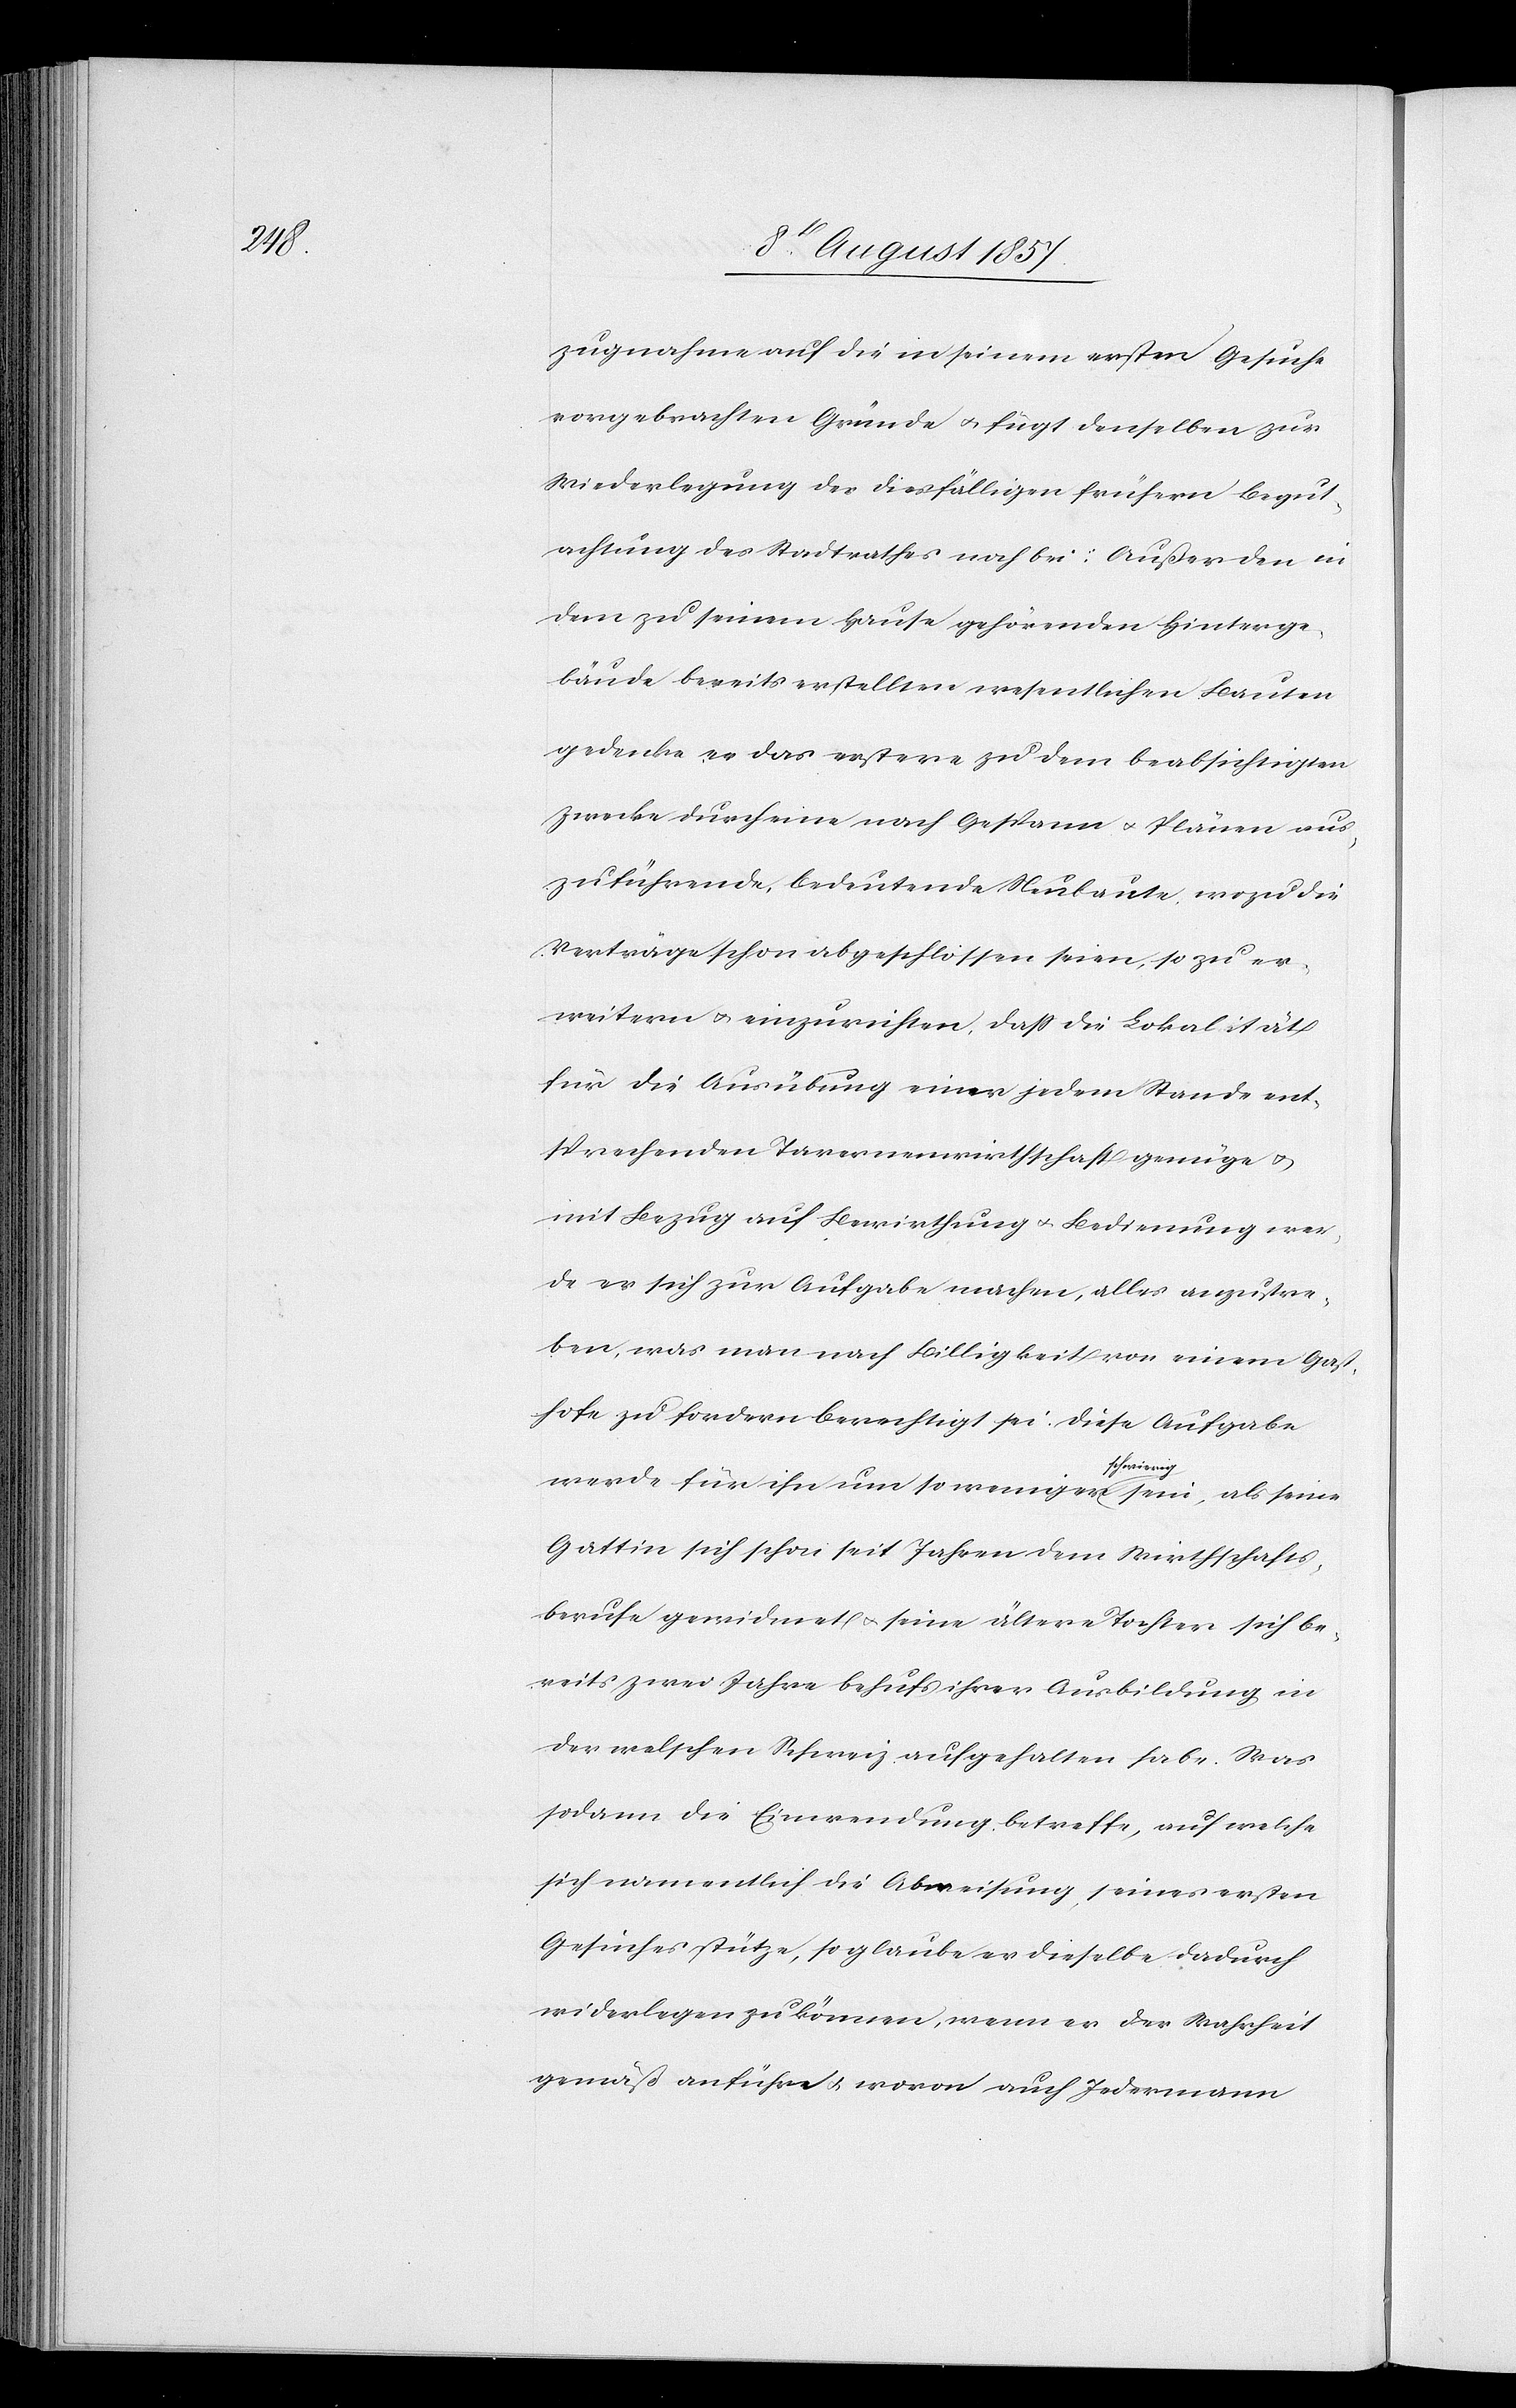
zugnahme auf die in seinem ersten Gesuche
vorgebrachten Gründe & fügt denselben zur
Wiederlegung der diesfälligen frühern Begut¬
achtung des Stadtrathes noch bei: Außer den in
dem zu seinem Hause gehörenden Hinterge¬
bäude bereits erstellten wesentlichen Bauten
gedenke er das erstere zu dem beabsichtigten
Zwecke durch eine nach Gespann & Plänen aus¬
zuführende, bedeutende Neubaute, wozu die
Verträge schon abgeschlossen seien, so zu er¬
weitern & einzurichten, daß die Lokalität
für die Ausübung einer jedem Stande ent¬
sprechenden Tavernenwirthschaft genüge &
mit Bezug auf Bewirthung & Bedienung wer¬
de er sich zur Aufgabe machen, alles anzustre¬
ben, was man nach Billigkeit von einem Gast¬
hofe zu fordern berechtigt sei. Diese Aufgabe
werde für ihn um so weniger schwierig sein, als seine
Gattin sich schon seit Jahren dem Wirthschafts¬
berufe gewidmet & seine ältere Tochter sich be¬
reits zwei Jahre behufs ihrer Ausbildung in
der welschen Schweiz aufgehalten habe. Was
sodann die Einwendung betreffe, auf welche
sich namentlich die Abweisung seines ersten
Gesuches stütze, so glaube er dieselbe dadurch
widerlegen zu können, wenn er der Wahrheit
gemäß anführe & wovon auch Jedermann